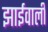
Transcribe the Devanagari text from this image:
झाईवाली